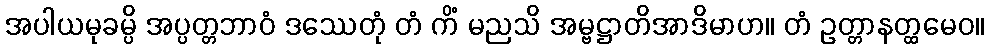
အပါယမုခမ္ပိ အပ္ပတ္တဘာဝံ ဒဿေတုံ တံ ကိံ မညသိ အမ္ဗဋ္ဌာတိအာဒိမာဟ။ တံ ဥတ္တာနတ္ထမေဝ။